Report on vaccination in the Province of Bengal - 1874-1889
Year: 1874
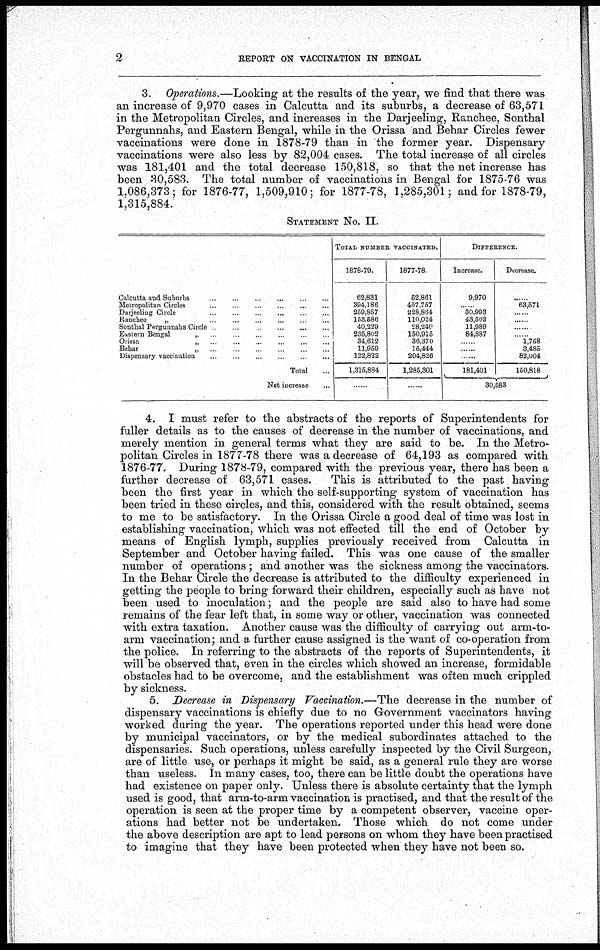
2
REPORT ON VACCINATION IN BENGAL
3. Operations.—Looking at the results of the year, we find that there was
an increase of 9,970 cases in Calcutta and its suburbs, a decrease of 63,571
in the Metropolitan Circles, and increases in the Darjeeling, Ranchee, Sonthal
Pergunnahs, and Eastern Bengal, while in the Orissa and Behar Circles fewer
vaccinations were done in 1878-79 than in the former year. Dispensary
vaccinations were also less by 82,004 cases. The total increase of all circles
was 181,401 and the total decrease 150,818, so that the net increase has
been 30,583. The total number of vaccinations in Bengal for 1875-76 was
1,086,373; for 1876-77, 1,509,910; for 1877-78, 1,285,301; and for 1878-79,
1,315,884.
STATEMENT NO. II.
Calcutta and Suburbs
...
...
...
...
...
Metropolitan Circles
...
...
...
...
...
Darjeeling Circle
...
...
...
...
...
Ranchee
„
...
...
...
...
...
Sonthal Pergunnahs Circle ... ... ... ... ...
Eastern Bengal
„ ... ... ... ... ...
Orissa
„
...
...
...
...
...
Behar
„
...
...
...
...
...
Dispensary vaccination ... ... ... ...
Total ...
Net increase ...
TOTAL NUMBER VACCINATED.
1878-79.
62,831
394,186
259,857
153,586
40,229
235,802
34,612
11,959
122,822
1,315,884
...
1877-78
52,861
457,757
228,864
110,024
28,240
150,915
36,370
15,444
204,826
1,285,301
......
DIFFERENCE.
Increase.
9,970
...
30,993
43,562
11,989
84,887
......
......
...
181,401
Decrease.
......
63,571
......
......
......
......
1,758
3,485
82,004
150,818
30,583
4. I must refer to the abstracts of the reports of Superintendents for
fuller details as to the causes of decrease in the number of vaccinations, and
merely mention in general terms what they are said to be. In the Metro-
politan Circles in 1877-78 there was a decrease of 64,193 as compared with
1876-77. During 1878-79, compared with the previous year, there has been a
further decrease of 63,571 cases.
This is attributed to the past having
been the first year in which the self-supporting system of vaccination has
been tried in these circles, and this, considered with the result obtained, seems
to me to be satisfactory. In the Orissa Circle a good deal of time was lost in
establishing vaccination, which was not effected till the end of October by
means of English lymph, supplies previously received from Calcutta in
September and October having failed. This was one cause of the smaller
number of operations ; and another was the sickness among the vaccinators.
In the Behar Circle the decrease is attributed to the difficulty experienced in
getting the people to bring forward their children, especially such as have not
been used to inoculation; and the people are said also to have had some
remains of the fear left that, in some way or other, vaccination was connected
with extra taxation. Another cause was the difficulty of carrying out arm-to-
arm vaccination; and a further cause assigned is the want of co-operation from
the police. In referring to the abstracts of the reports of Superintendents, it
will be observed that, even in the circles which showed an increase, formidable
obstacles had to be overcome, and the establishment was often much crippled
by sickness.
5. Decrease in Dispensary Vaccination.—The decrease in the number of
dispensary vaccinations is chiefly due to no Government vaccinators having
worked during the year. The operations reported under this head were done
by municipal vaccinators, or by the medical subordinates attached to the
dispensaries. Such operations, unless carefully inspected by the Civil Surgeon,
are of little use, or perhaps it might be said, as a general rule they are worse
than useless. In many cases, too, there can be little doubt the operations have
had existence on paper only. Unless there is absolute certainty that the lymph
used is good, that arm-to-arm vaccination is practised, and that the result of the
operation is seen at the proper time by a competent observer, vaccine oper-
ations had better not be undertaken. Those which do not come under
the above description are apt to lead persons on whom they have been practised
to imagine that they have been protected when they have not been so.